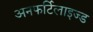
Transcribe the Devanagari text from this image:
अनफर्टिलाइज्ड